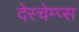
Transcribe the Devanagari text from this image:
देस्चेम्प्स